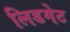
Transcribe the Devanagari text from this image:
लिडगेट